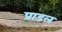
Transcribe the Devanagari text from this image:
प्राडल